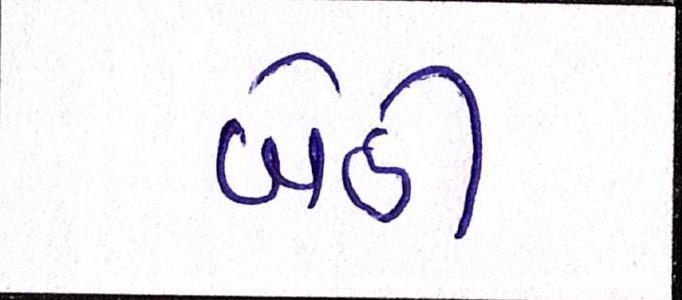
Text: બેઠી